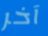
آخر